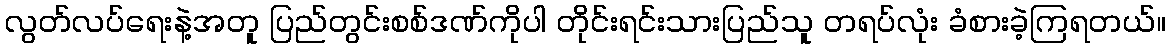
လွတ်လပ်ရေးနဲ့အတူ ပြည်တွင်းစစ်ဒဏ်ကိုပါ တိုင်းရင်းသားပြည်သူ တရပ်လုံး ခံစားခဲ့ကြရတယ်။